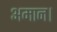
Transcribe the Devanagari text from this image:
अमान।